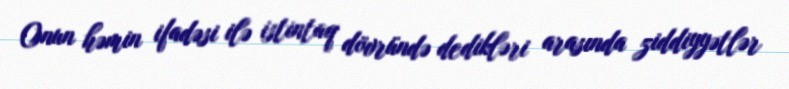
Onun həmin ifadəsi ilə istintaq dövründə dedikləri arasında ziddiyyətlər